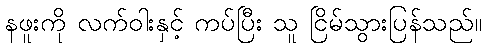
နဖူးကို လက်ဝါးနှင့် ကပ်ပြီး သူ ငြိမ်သွားပြန်သည်။